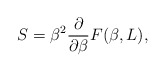
\begin{align*}S=\beta ^2\frac \partial {\partial \beta }F(\beta ,L),\end{align*}